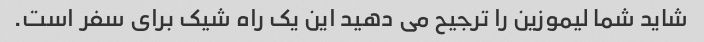
شاید شما لیموزین را ترجیح می دهید این یک راه شیک برای سفر است.